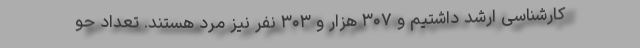
کارشناسی ارشد داشتیم و ۳۰۷ هزار و ۳۰۳ نفر نیز مرد هستند. تعداد حو